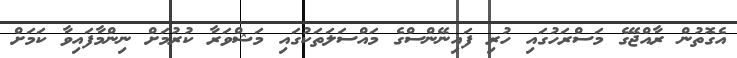
އެގޮތުން ރާއްޖޭގެ މަސްރަހުގައި ހުރި ފައިނޭންސްގެ މައްސަލަތަކުގައި މަޝްވަރާ ކުރުމަށް ނިންމާފައިވާ ކަމަށް